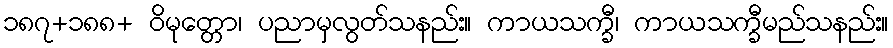
၁၈၇+၁၈၈+ ဝိမုတ္တော၊ ပညာမှလွတ်သနည်း။ ကာယသက္ခီ၊ ကာယသက္ခီမည်သနည်း။